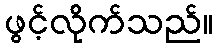
ဖွင့်လိုက်သည်။